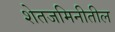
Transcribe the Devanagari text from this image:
शेतजमिनीतील